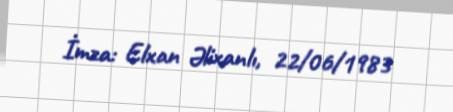
İmza: Elxan Əlixanlı, 22/06/1983